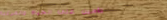
تأمين على الحياة والمركبا